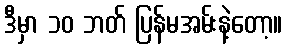
ဒီမှာ ၁၀ ဘတ် ပြန်မအမ်းနဲ့တော့။